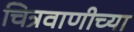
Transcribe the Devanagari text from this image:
चित्रवाणीच्या